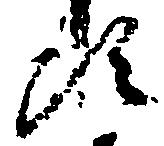
頭